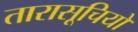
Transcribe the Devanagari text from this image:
तारासूचियों